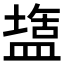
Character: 𭾌